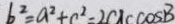
b ^ { 2 } = a ^ { 2 } + c ^ { 2 } = 2 c x c \cos B